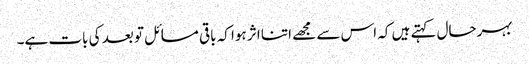
بہرحال کہتے ہیں کہ اس سے مجھے اتنا اثر ہوا کہ باقی مسائل تو بعد کی بات ہے۔